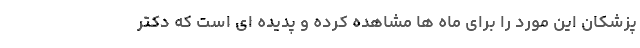
پزشکان این مورد را برای ماه ها مشاهده کرده و پدیده ای است که دکتر